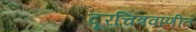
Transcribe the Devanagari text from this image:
दूरचित्रवाणीत